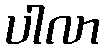
ပါလာ